Vaccination in the Punjab 1905-1918 - 1905-1918
Year: 1905
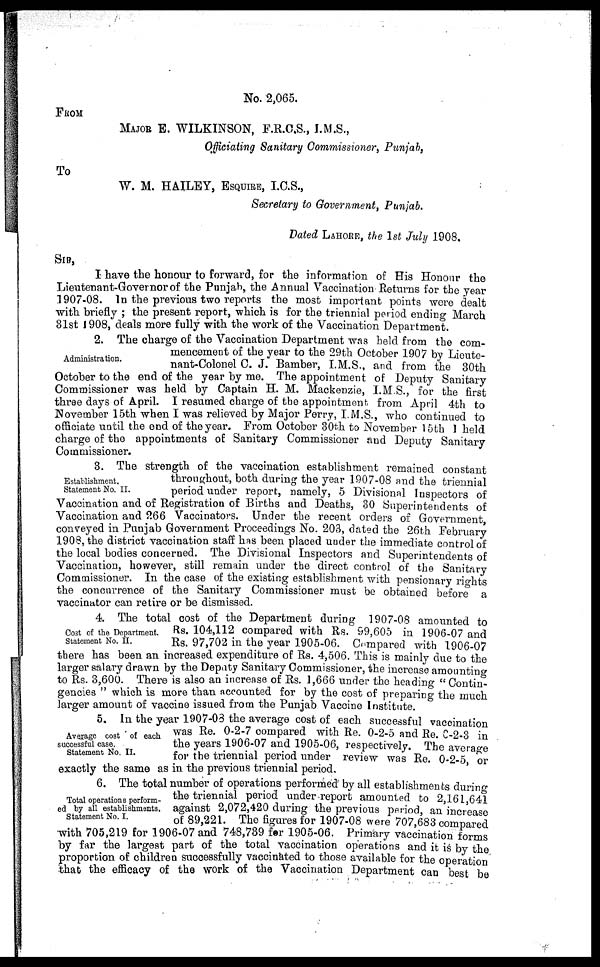
No. 2,065.
FROM
MAJOR E. WILKINSON, F.R.C.S., I.M.S.,
Officiating Sanitary Commissioner, Punjab,
To
W. M. HAILEY, ESQUIRE, I.C.S.,
Secretary to Government, Punjab.
Dated LAHORE, the 1st July 1908.
SIR,
I have the honour to forward, for the information of His Honour the
Lieutenant-Governor of the Punjab, the Annual Vaccination Returns for the year
1907-08. In the previous two reports the most important points were dealt
with briefly ; the present report, which is for the triennial period ending March
31st 1908, deals more fully with the work of the Vaccination Department.
Administration.
2. The charge of the Vaccination Department was held from the com-
mencement of the year to the 29th October 1907 by Lieute-
nant-Colonel C. J. Bamber, I.M.S., and from the 30th
October to the end of the year by me. The appointment of Deputy Sanitary
Commissioner was held by Captain H. M. Mackenzie, I.M.S., for the first
three days of April. I resumed charge of the appointment, from April 4th to
November 15th when I was relieved by Major Perry, I.M.S., who continued to
officiate until the end of the year. From October 30th to November 15th I held
charge of the appointments of Sanitary Commissioner and Deputy Sanitary
Commissioner.
Establishment.
Statement No. II.
3. The strength of the vaccination establishment remained constant
throughout, both during the year 1907-08 and the triennial
period under report, namely, 5 Divisional Inspectors of
Vaccination and of Registration of Births and Deaths, 30 Superintendents of
Vaccination and 266 Vaccinators. Under the recent orders of Government,
conveyed in Punjab Government Proceedings No. 203, dated the 26th February
1908, the district vaccination staff has been placed under the immediate control of
the local bodies concerned. The Divisional Inspectors and Superintendents of
Vaccination, however, still remain under the direct control of the Sanitary
Commissioner. In the case of the existing establishment with pensionary rights
the concurrence of the Sanitary Commissioner must be obtained before a
vaccinator can retire or be dismissed.
Cost of the Department.
Statement No. II.
4. The total cost of the Department during 1907-08 amounted to
Rs. 104,112 compared with Rs. 99,605 in 1906-07 and
Rs. 97,702 in the year 1905-06. Compared with 1906-07
there has been an increased expenditure of Rs. 4,506. This is mainly due to the
larger salary drawn by the Deputy Sanitary Commissioner, the increase amounting
to Rs. 3,600. There is also an increase of Rs. 1,666 under the heading "Contin-
gencies " which is more than accounted for by the cost of preparing the much
larger amount of vaccine issued from the Punjab Vaccine Institute.
Average cost of each
successful case.
Statement No. II.
5. In the year 1907-08 the average cost of each successful vaccination
was Re. 0-2-7 compared with Re. 0-2-5 and Re. 0-2-3 in
the years 1906-07 and 1905-06, respectively. The average
for the triennial period under review was Re. 0-2-5, or
exactly the same as in the previous triennial period.
Total operations perform-
ed by all establishments.
Statement No. I.
6. The total number of operations performed by all establishments during
the triennial period under-report amounted to 2,161,641
against 2,072,420 during the previous period, an increase
of 89,221. The figures for 1907-08 were 707,683 compared
with 705,219 for 1906-07 and 748,739 for 1905-06. Primary vaccination forms
by far the largest part of the total vaccination operations and it is by the
proportion of children successfully vaccinated to those available for the operation
that the efficacy of the work of the Vaccination Department can best be